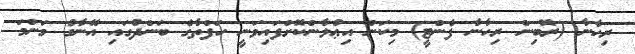
ރިހާނާ (ރޮބިން ރިހާނާ ފެންޓީ) މިކަން އިޢުލާންކޮށްފައިވަނީ ހަފްތާގެ ބަންދުގައި އޭނާގެ މަންމަ